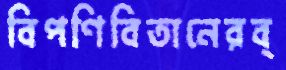
বিপণিবিতানেরব্